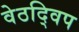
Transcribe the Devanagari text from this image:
वेठद्विप